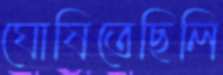
ঘোষিতেছিলি